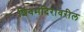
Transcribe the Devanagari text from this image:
शिवमंदिरावरील